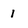
Character: 1